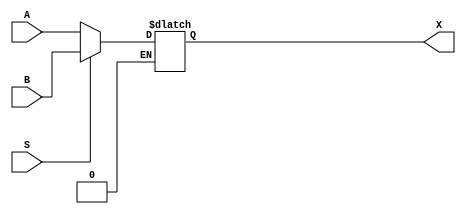
module mux_2x1_64bit (
    input S,
    input [63:0] A, B,
    output reg [63:0] X
);

always @ (*) 
    begin
        if (S == 1'b0)
            X <= A;
        else if (S == 1'b1)
            X <= B;
    end
endmodule